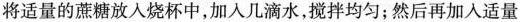
将适量的蔗糖放入烧杯中，加入几滴水，搅拌均匀；然后再加入适量